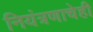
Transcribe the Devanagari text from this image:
नियंत्रणाचेही